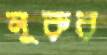
নূরুর